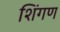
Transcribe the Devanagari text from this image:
शिंगण